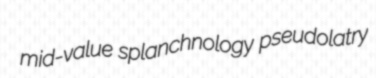
mid-value splanchnology pseudolatry